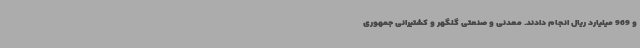
و 969 میلیارد ریال انجام دادند. معدنی و صنعتی گلگهر و کشتیرانی جمهوری